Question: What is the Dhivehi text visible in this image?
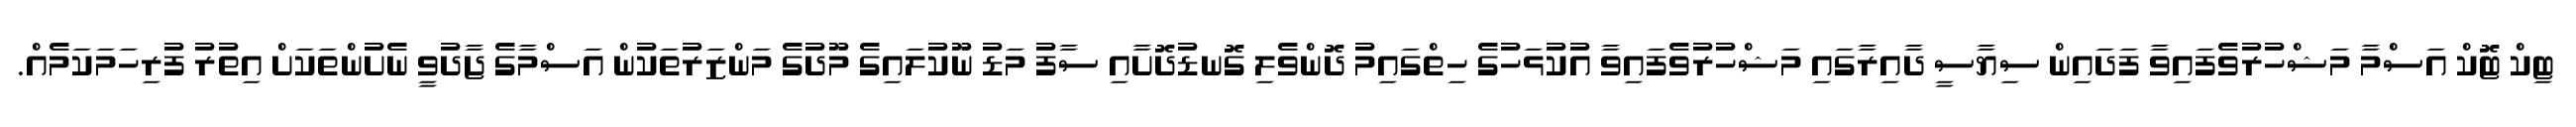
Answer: ޓިކް ޓޮކް އަސްމާ މަޝްހުރުވެފައިވާ ފަދައިން ސިޔާސީ ދާއިރާގައި މަޝްހުރުވެފައިވާ އުކުޅަހުގެ ހިތްގައިމު ދޮންވެލި ގޮނޑުދޮށާއި ސާފު މަޑު ނޫކުލައިގެ މޫދުގެ މަންޒަރުތަކުން އަސްމާގެ ޖާދުވީ ނެށުންތަކަށް އިތުރު ފުރިހަމަކަމެއް.